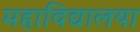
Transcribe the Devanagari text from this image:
महाविद्यालया